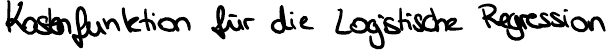
Kostenfunktion für die Logistische Regression